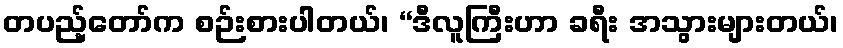
တပည့်တော်က စဉ်းစားပါတယ်၊ “ဒီလူကြီးဟာ ခရီး အသွားများတယ်၊